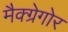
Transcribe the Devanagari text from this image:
मैक्ग्रेगोर